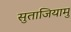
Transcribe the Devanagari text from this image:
सुताजियामु